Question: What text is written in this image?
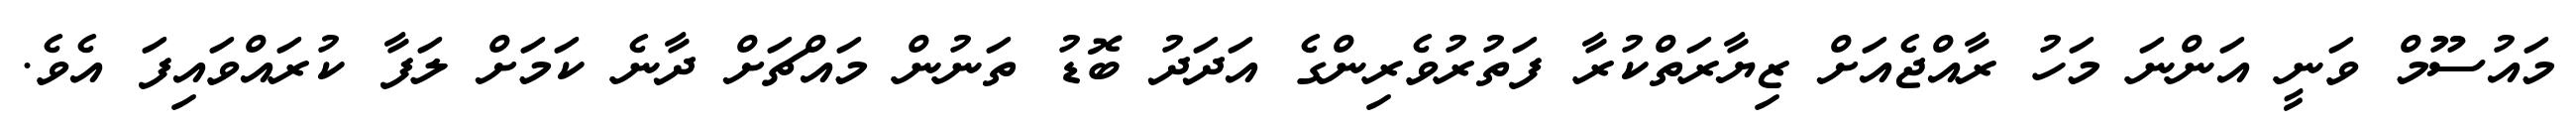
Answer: މައުސޫމް ވަނީ އަންނަ މަހު ރާއްޖެއަށް ޒިޔާރަތްކުރާ ފަތުރުވެރިންގެ އަދަދު ބޮޑު ތަނުން މައްޗަށް ދާނެ ކަމަށް ލަފާ ކުރައްވައިފަ އެވެ.